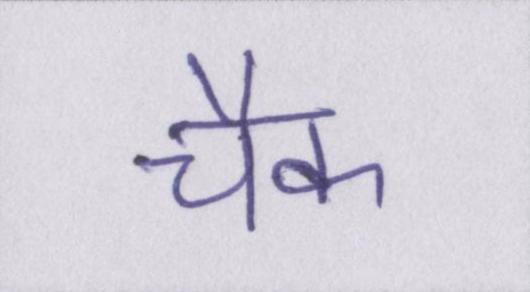
चैक